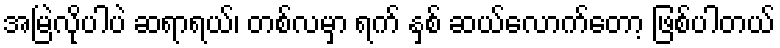
အမြဲလိုပါပဲ ဆရာရယ်၊ တစ်လမှာ ရက် နှစ် ဆယ်လောက်တော့ ဖြစ်ပါတယ်